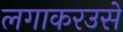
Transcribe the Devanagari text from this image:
लगाकरउसे